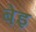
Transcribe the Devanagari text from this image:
बेइ